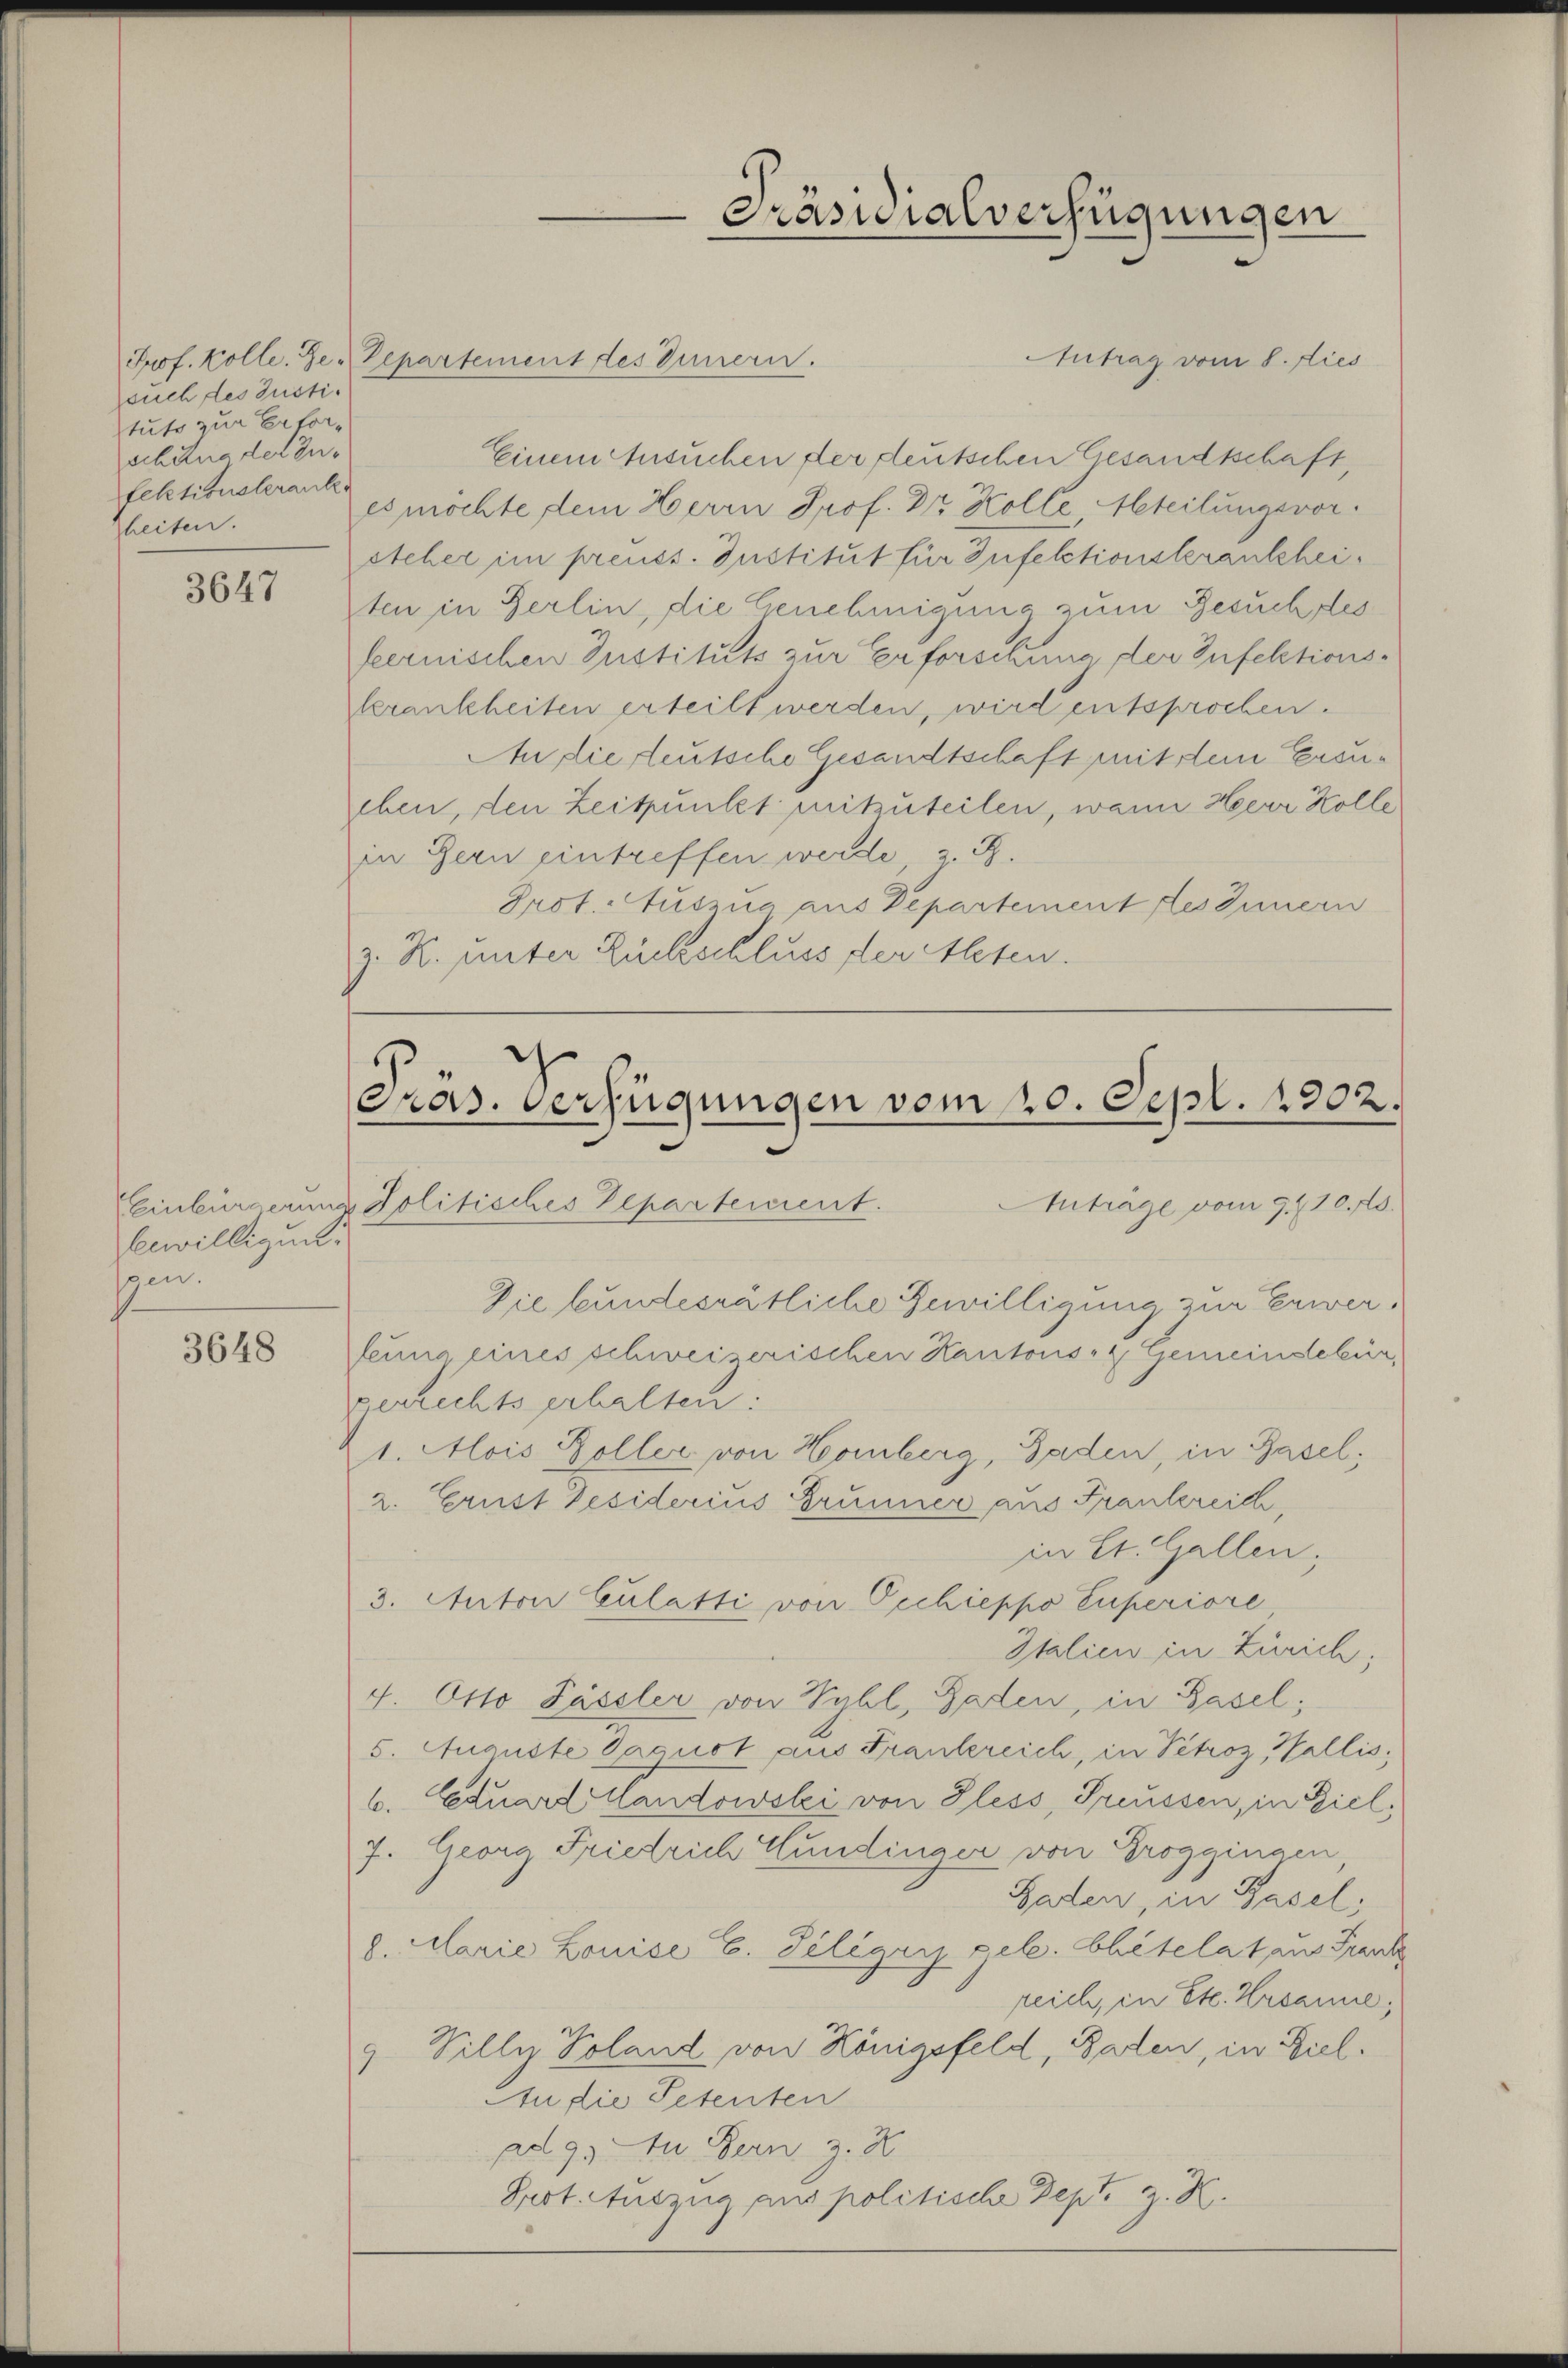
such des Justitute zur Erforschung der Zufektionslerank.
heiten.

3647

bewilligung
spen

3648

Antrag vom 8. dies
Prof. Kolle. Der Repartement des Innern.
Einem Ansuchen der deutschen Gesandtschaft,
es möchte dem Herrn Prof. Dr. Kolle teilungsvorsteher im preuss. Justitut für Infektionsterankheiten in Berlin, die Genehmigung zum Gesuchtes
feernischen Justituts zur Erforschung der Infektionskrankheiten erteilt werden, wird entsprochen.
A die teutsche Gesandtschaft mit dem Ersueben, den Zeitpunkt mitzuteilen, wann Herr Kolle
in Bern eintreffen werde J.
Prof. Auszua aus Departement des Innern
z. R. unter Rückschluss der Alten.

Präsidialverfügungen

Pras. Verfügungen vom 20. Sept. 1902.
Einbürgerung Politisches Departement.
Anträge vom 9/10.5.
Die bundesrätliche Gewilligung zur Erwerteung eines schweizerischen Kantons- & Gemeindebürgerrechts erhalten:
1. Alois Soller von Homberg, Gaden, in Basel,

2. Grust Desiderius Brunner aus Frankreich
in St. Gallen,
3. Autor Culatti von Vichieppo Cuperiore
Italien in Zürich;
4. Otto Passler von Vyhl, Baden, in Basel;
5. Auguste Paquot aus Frankreich, in Petroz Wallis,
6. Cetuars er sei von Pless, Preussen, in Ziel,
7. Georg Friedrich Gundinger von Proggingen
Baden, in Basel;
8. Marie Louise C. Diliger gele. Chitelat aus Fran
reich, in Et. Ursanne,
9. Villy Poland von Königsfeld, Baden, in Ziel.
An die Petenten
ad 95 zu Bern z. X
Prot. Auszug aus politische Dept. z. K.